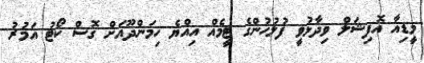
މީޑިއާ އޮފިޝަލް ވިދާޅުވީ ފުލުހުންގެ ޓީމެއް އިއްޔެ ހިމަންދޫއަށް ގޮސް ކޯޓު އަމުރު